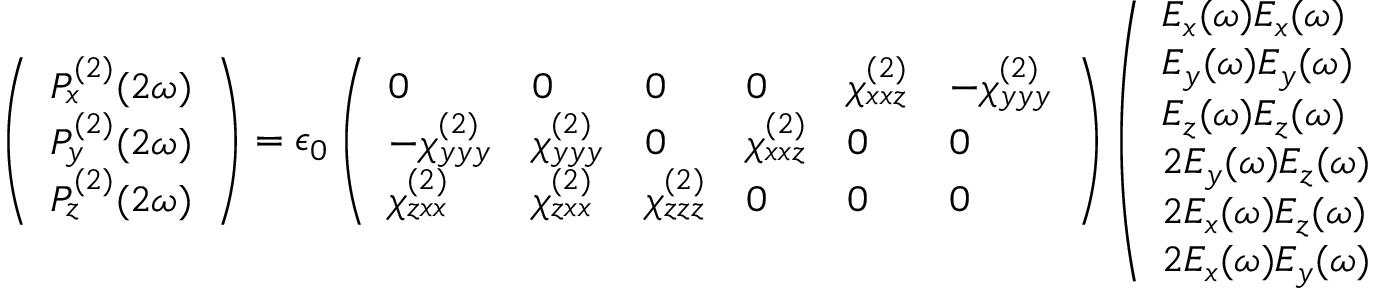
\left( \begin{array} { l } { P _ { x } ^ { ( 2 ) } ( 2 \omega ) } \\ { P _ { y } ^ { ( 2 ) } ( 2 \omega ) } \\ { P _ { z } ^ { ( 2 ) } ( 2 \omega ) } \end{array} \right) = \epsilon _ { 0 } \left( \begin{array} { l l l l l l } { 0 } & { 0 } & { 0 } & { 0 } & { \chi _ { x x z } ^ { ( 2 ) } } & { - \chi _ { y y y } ^ { ( 2 ) } } \\ { - \chi _ { y y y } ^ { ( 2 ) } } & { \chi _ { y y y } ^ { ( 2 ) } } & { 0 } & { \chi _ { x x z } ^ { ( 2 ) } } & { 0 } & { 0 } \\ { \chi _ { z x x } ^ { ( 2 ) } } & { \chi _ { z x x } ^ { ( 2 ) } } & { \chi _ { z z z } ^ { ( 2 ) } } & { 0 } & { 0 } & { 0 } \end{array} \right) \left( \begin{array} { l } { E _ { x } ( \omega ) E _ { x } ( \omega ) } \\ { E _ { y } ( \omega ) E _ { y } ( \omega ) } \\ { E _ { z } ( \omega ) E _ { z } ( \omega ) } \\ { 2 E _ { y } ( \omega ) E _ { z } ( \omega ) } \\ { 2 E _ { x } ( \omega ) E _ { z } ( \omega ) } \\ { 2 E _ { x } ( \omega ) E _ { y } ( \omega ) } \end{array} \right)